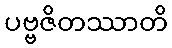
ပဗ္ဗဇိတဿာတိ